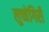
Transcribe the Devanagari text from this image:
लुच्चेगिरी